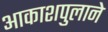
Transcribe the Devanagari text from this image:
आकाशपुलाने